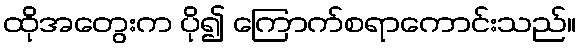
ထိုအတွေးက ပို၍ ကြောက်စရာကောင်းသည်။